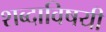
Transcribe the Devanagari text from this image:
शब्दाविषयी